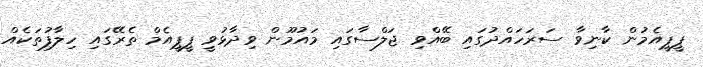
ޕީޕީއެމުން ކާނިވާ ސަރަހައްދުގައި ބޭއްވި ޖަލްސާގައި މައުމޫން ވިދާޅުވީ ޕީޕީއެމް ތެރޭގައި ހިލާފުތަކެއް